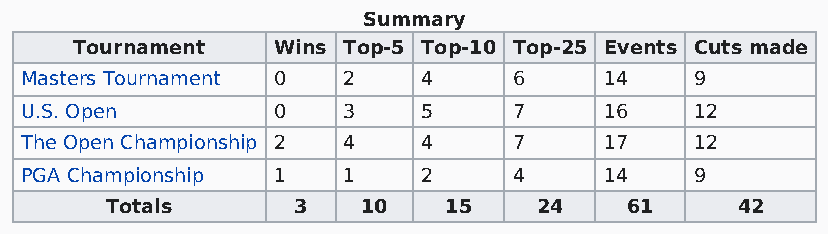
Summary
 Tournament   Wins Top-5 Top-10 Top-25 Events Cuts made
 Masters Tournament 0  2    4     6     14    9
 U.S. Open        0    3    5     7     16    12
 The Open Championship 2 4  4     7     17    12
 PGA Championship 1    1    2     4     14    9
 Totals      3    10   15    24    61      42